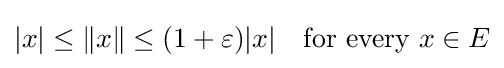
|x|\leq \|x\|\leq (1+\varepsilon )|x|\quad {\text{for every}}\ x\in E